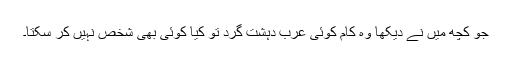
جو کچھ میں نے دیکھا وہ کام کوئی عرب دہشت گرد تو کیا کوئی بھی شخص نہیں کر سکتا۔